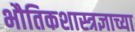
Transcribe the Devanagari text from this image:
भौतिकशास्त्रज्ञाच्या